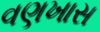
વણખાસ